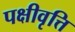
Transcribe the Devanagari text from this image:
पक्षीवृत्ति